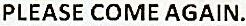
PLEASE COME AGAIN.